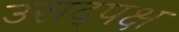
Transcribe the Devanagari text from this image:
उसद्पक्ष